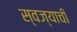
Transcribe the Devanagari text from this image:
स्वज्याची